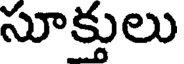
సూక్తులు